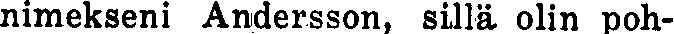
nimekseni Andersson, sillä olin poh-